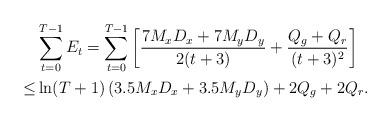
LaTeX: \begin{align*}&\sum^{T-1}_{t=0} E_t=\sum^{T-1}_{t=0}\bigg[ \frac{7M_xD_x+7M_yD_y}{2(t+3)}+\frac{Q_g+Q_r}{(t+3)^2}\bigg]\\\leq& \ln(T+1)\left(3.5M_xD_x+3.5M_yD_y\right)+2Q_g+2Q_r.\end{align*}